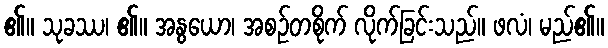
၏။ သုခဿ၊ ၏။ အနွယော၊ အစဉ်တစိုက် လိုက်ခြင်းသည်။ ဖလံ၊ မည်၏။